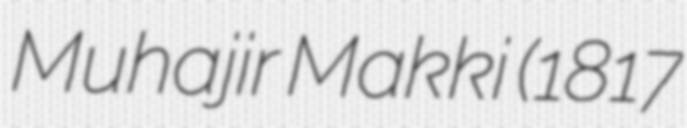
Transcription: Muhajir Makki (1817